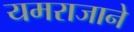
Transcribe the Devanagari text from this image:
यमराजाने